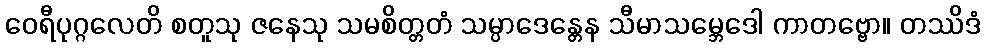
ဝေရီပုဂ္ဂလေတိ စတူသု ဇနေသု သမစိတ္တတံ သမ္ပာဒေန္တေန သီမာသမ္ဘေဒေါ ကာတဗ္ဗော။ တဿိဒံ